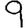
Digit: 9